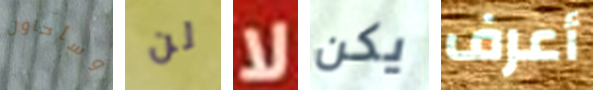
وسأحاول لن لا يكن أعرف